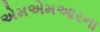
એમએમઆરના